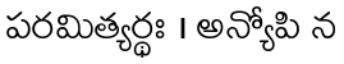
పరమిత్యర్థః । అన్యోపి న